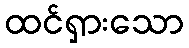
ထင်ရှားသော